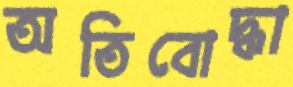
অতিবোদ্ধা